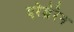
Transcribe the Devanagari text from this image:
एरेब्रेरेन